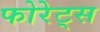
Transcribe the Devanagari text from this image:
फोरेट्स